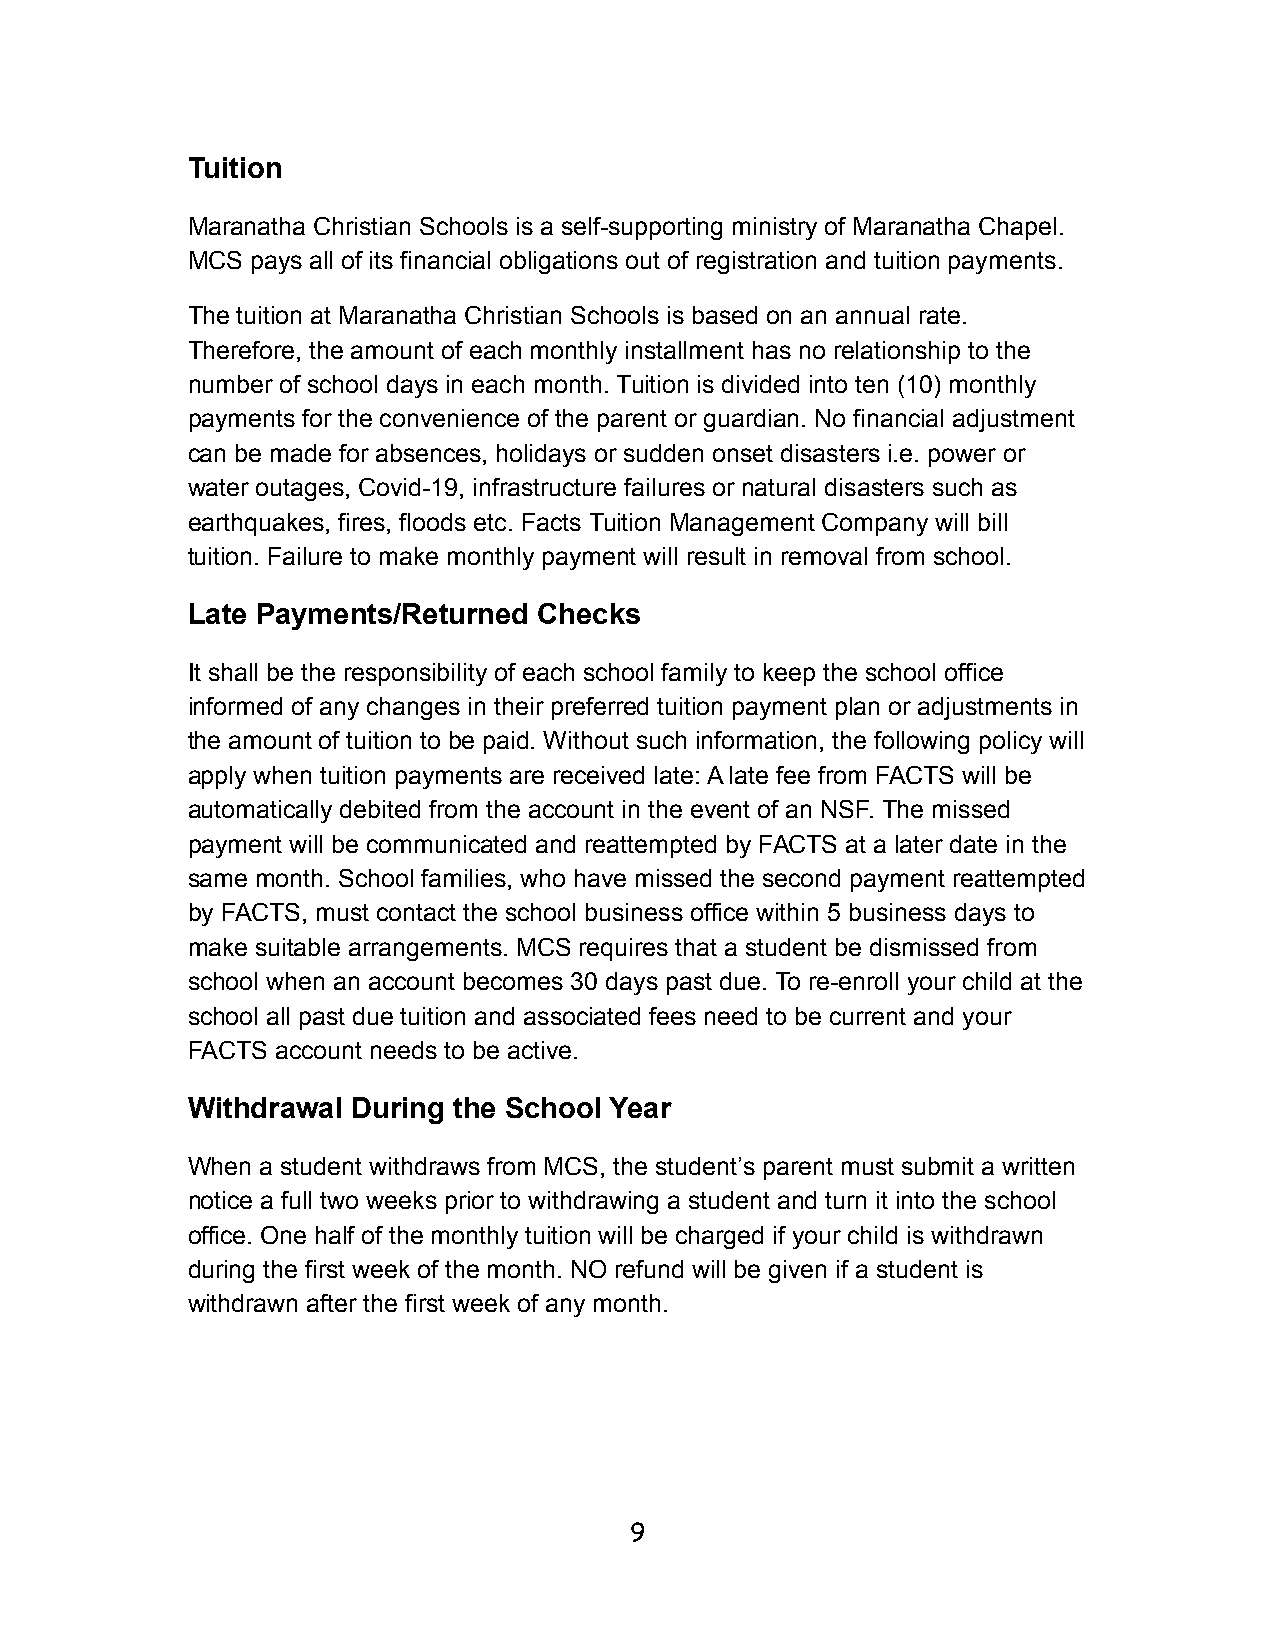
Tuition
 Maranatha Christian Schools is a self-supporting ministry of Maranatha Chapel.
 MCS  pays all of its financial obligations out of registration and tuition payments.
 The tuition at Maranatha Christian Schools is based on an annual rate.
 Therefore, the amount of each monthly installment has no relationship to the
 number of school days in each month. Tuition is divided into ten (10) monthly
 payments for the convenience of the parent or guardian. No financial adjustment
 can be made for absences, holidays or sudden onset disasters i.e. power or
 water outages, Covid-19, infrastructure failures or natural disasters such as
 earthquakes, fires, floods etc. Facts Tuition Management Company will bill
 tuition. Failure to make monthly payment will result in removal from school.
 Late Payments/Returned  Checks
 It shall be the responsibility of each school family to keep the school office
 informed of any changes in their preferred tuition payment plan or adjustments in
 the amount of tuition to be paid. Without such information, the following policy will
 apply when tuition payments are received late: A late fee from FACTS will be
 automatically debited from the account in the event of an NSF. The missed
 payment will be communicated and reattempted by FACTS at a later date in the
 same month. School families, who have missed the second payment reattempted
 by FACTS, must contact the school business office within 5 business days to
 make suitable arrangements. MCS requires that a student be dismissed from
 school when an account becomes 30 days past due. To re-enroll your child at the
 school all past due tuition and associated fees need to be current and your
 FACTS account needs to be active.
 Withdrawal During the School Year
 When a student withdraws from MCS, the student’s parent must submit a written
 notice a full two weeks prior to withdrawing a student and turn it into the school
 office. One half of the monthly tuition will be charged if your child is withdrawn
 during the first week of the month. NO refund will be given if a student is
 withdrawn after the first week of any month.
 9